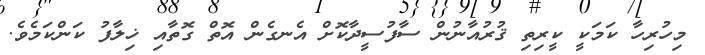
މިހުރިހާ ކަމަކީ ކީރިތި ޤުރުއާނުން ސާފުސީދާކޮށް އެނގެން އޮތް ގޮތާއި ޚިލާފު ކަންކަމެވެ.